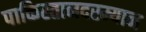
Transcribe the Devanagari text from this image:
पाकिस्तानदरम्यान